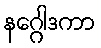
နဂ္ဂေါဒကာ